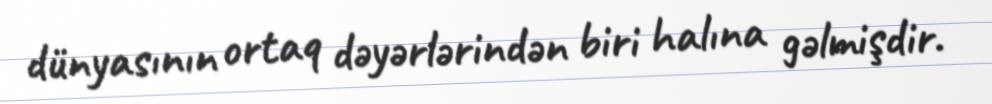
dünyasının ortaq dəyərlərindən biri halına gəlmişdir.